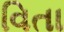
વિતા